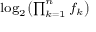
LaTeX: \scriptstyle \log _ { 2 } \left( \prod _ { k = 1 } ^ { n } f _ { k } \right)